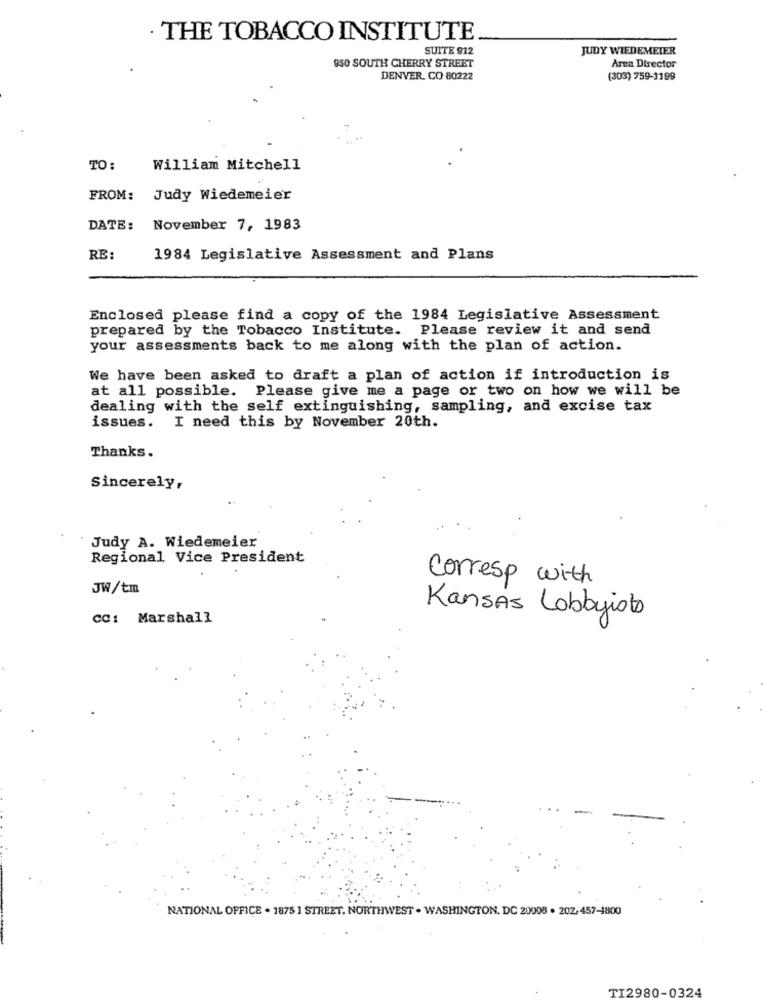
· THE TOBACCO INSTITUTE
SUITE 912
JUDY WIEDEMEIER
950 SOUTH CHERRY STREET
Area Director
DENVER. CO 80222
(303) 759-1199
TO:
William Mitchell
FROM:
Judy Wiedemeier
DATE:
November 7, 1983
RE:
1984 Legislative Assessment and Plans
Enclosed please find a copy of the 1984 Legislative Assessment
prepared by the Tobacco Institute. Please review it and send
your assessments back to me along with the plan of action.
We have been asked to draft a plan of action if introduction is
at all possible. Please give me a page or two on how we will be
dealing with the self extinguishing, sampling, and excise tax
issues. I need this by November 20th.
Thanks.
Sincerely,
Judy A. Wiedemeier
Regional Vice President
corresp with
JW/tm
CC: Marshall
Kansas Lobbyjob
NATIONAL OFFICE . 1875 1 STREET, NORTHWEST . WASHINGTON, DC 20008 . 202,457-1800
TI2980-0324